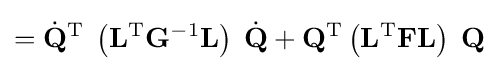
={\dot {\mathbf {Q} }}^{\mathrm {T} }\;\left(\mathbf {L} ^{\mathrm {T} }\mathbf {G} ^{-1}\mathbf {L} \right)\;{\dot {\mathbf {Q} }}+\mathbf {Q} ^{\mathrm {T} }\left(\mathbf {L} ^{\mathrm {T} }\mathbf {F} \mathbf {L} \right)\;\mathbf {Q}